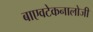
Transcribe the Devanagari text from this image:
बाएवटेकनालोजी